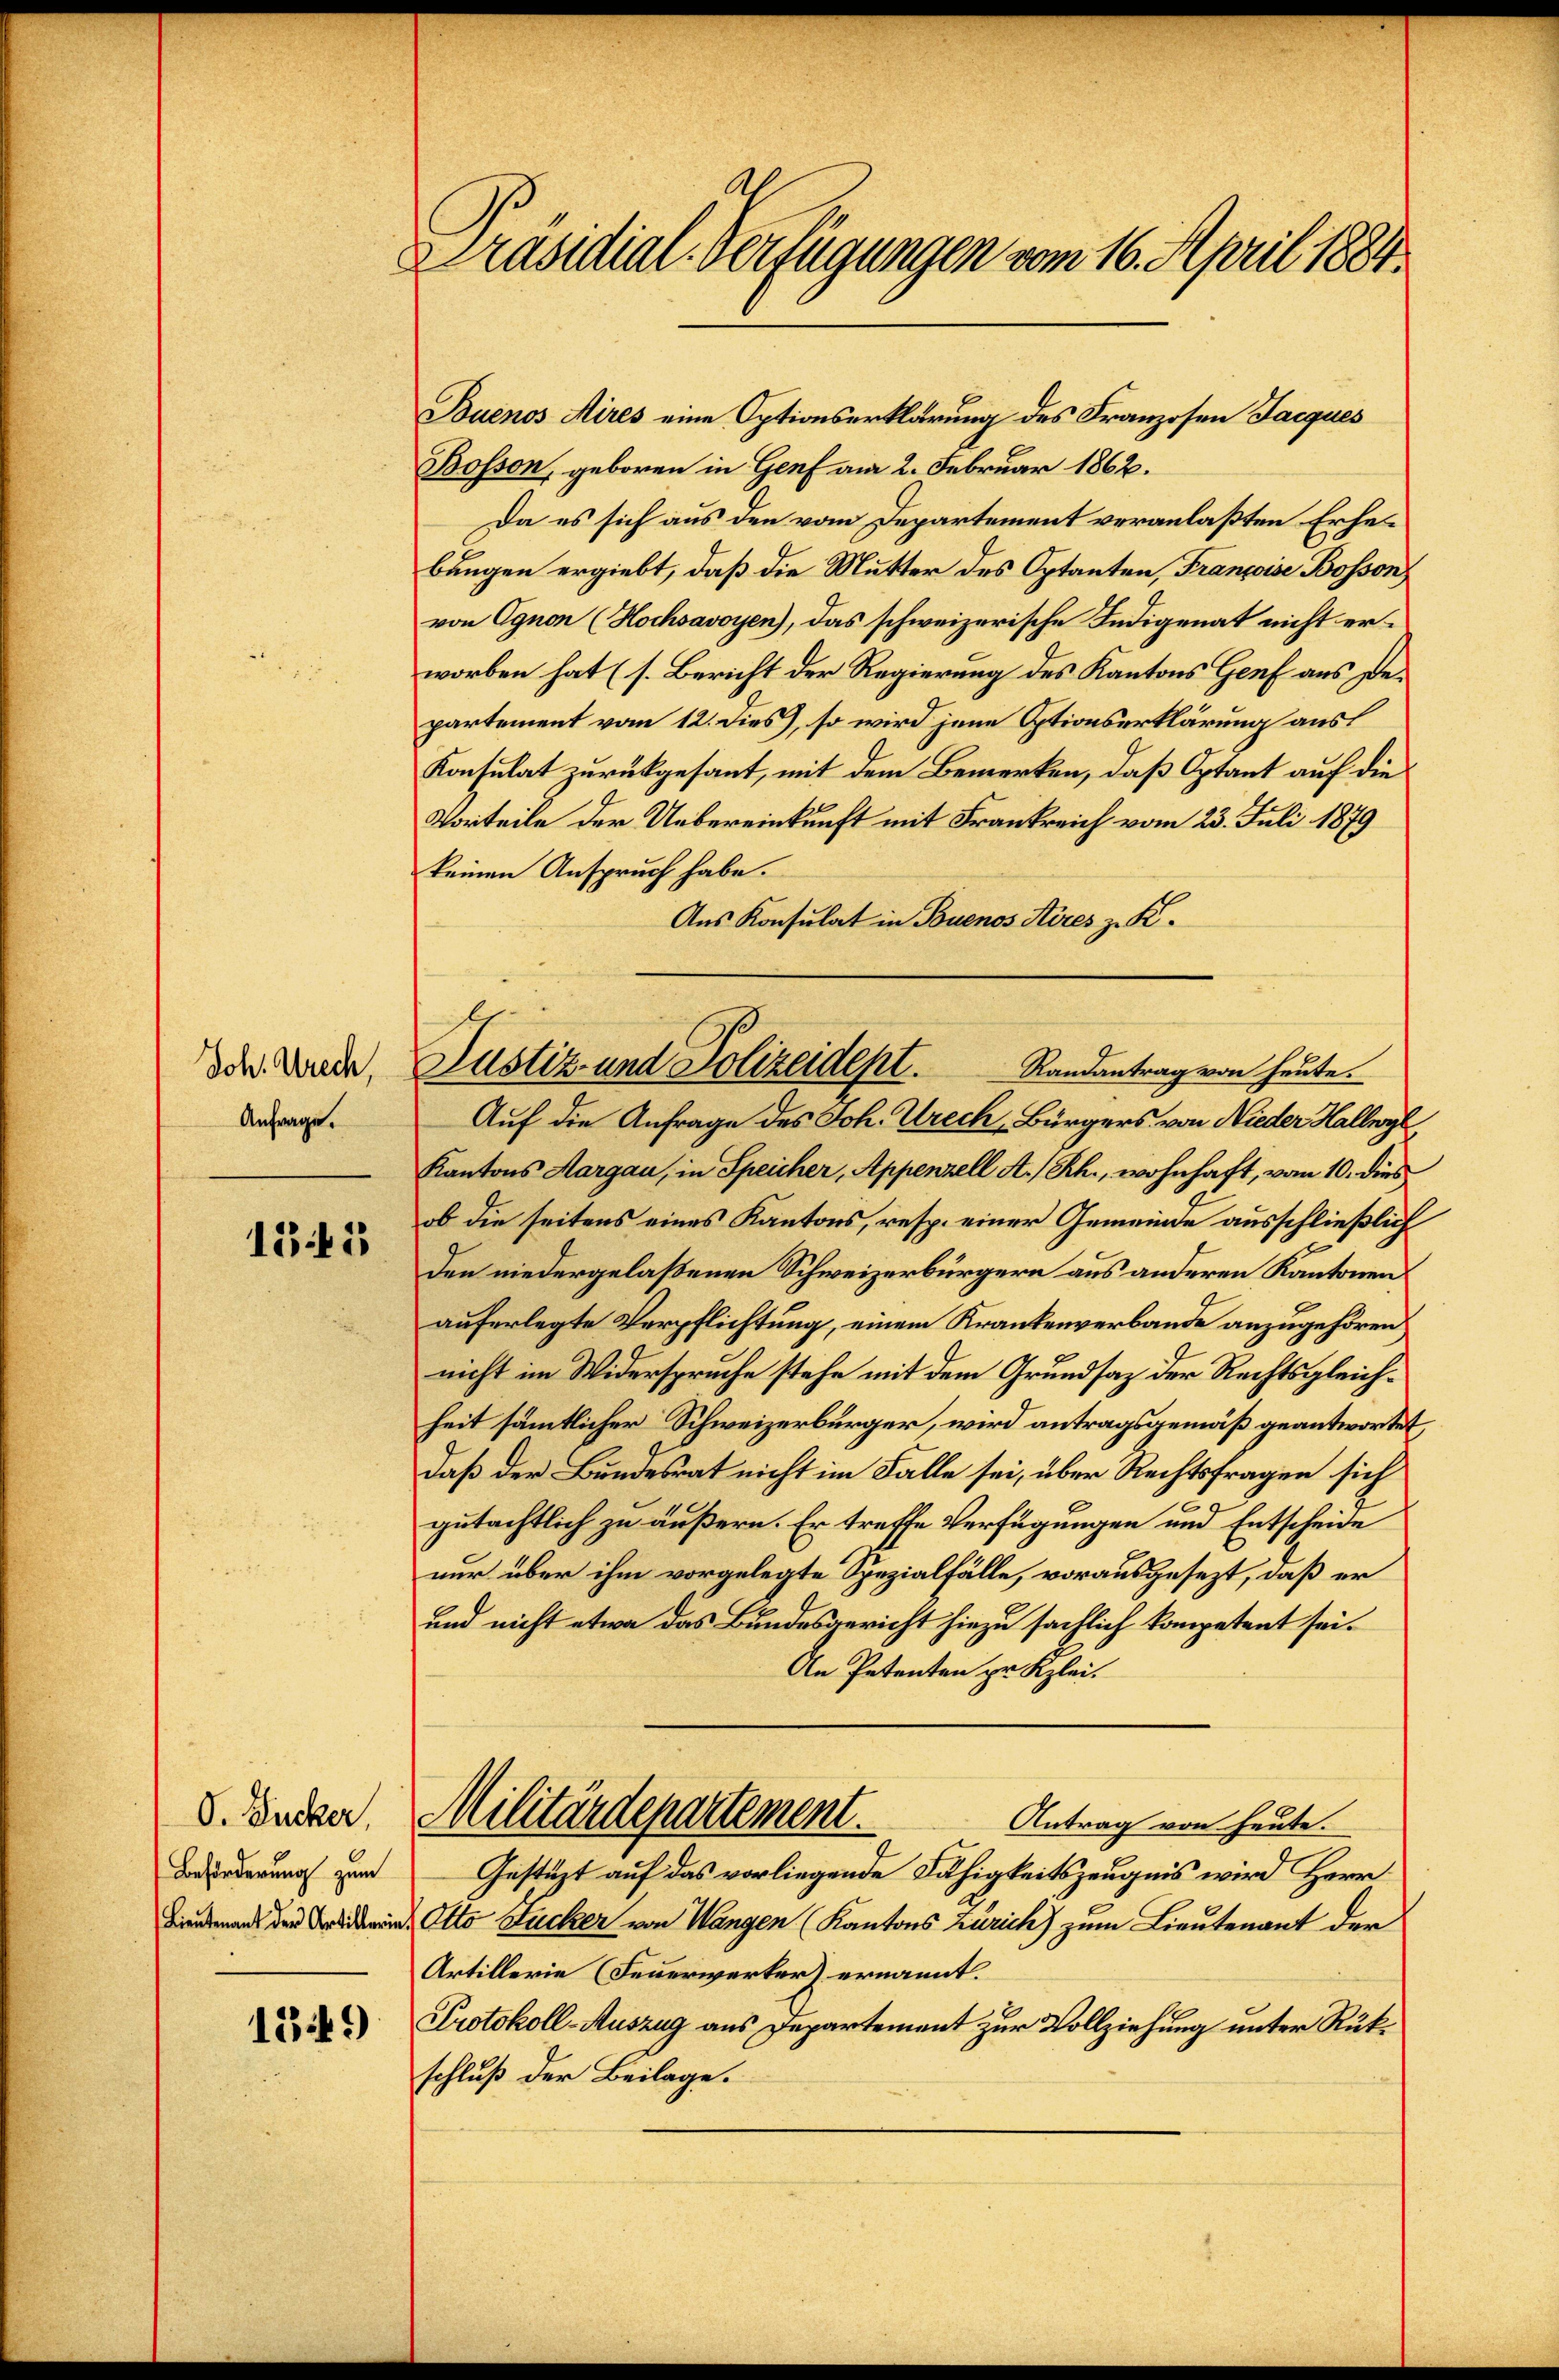
Joh. Urech,
Anfrage.

125

V. Zucker,
Beförderung zum
Lieutenant der Artillerin,

1349

Präsidial-Verfügungen vom 16. April 1884

Buenos Aires eine Optionserklärung des Franzosen Jacques
Bosson, geboren in Genf am 2. Februar 1862.
Da es sich aus den vom Departement veranlaßten Erhebungen ergiebt, daß die Mutter des Optanten, Francoise Bosson
von Ognon (Hochsavoyen), das schweizerische Indigenat nicht erworben hat (s. Bericht der Regierung des Kantons Genf aus Departement vom 12. Dies), so wird jene Optionserklärung aus
Konsulat zurückgesant, mit dem Bemerken, daß Optant auf die
Vorteile der Uebereinkunft mit Frankreich vom 23. Juli 1879
keinen Anspruch habe.
Aus Konsulat in Buenos Aires z. K.
Auf die Anfrage des Joh. Ureck, Bürgers von Nieder Hallwyl
Kantons Aargau, in Speicher, Appenzell A.Rh., wohnhaft, vom 10. dies
ob die seitens eines Kantons, resp. einer Gemeinde ausschließlich
den niedergelaßenen Schweizerbürgern aus anderen Kantonen
auferlegte Verpflichtung, einem Krankenverbande anzugehören,
nicht im Widerspruche stehe mit dem Grundsaz der Rechtsgleichheit sämmtlicher Schweizerbürger, wird antragsgemäß geantwortet
daß der Bundesrat nicht im Falle sei, über Rechtsfragen sich
gutächtlich zu äußern. Er treffe Verfügungen und Entscheide
nur über ihm vorgelegte Spezialfälle, vorausgesezt, daß er
und nicht etwa das Bundesgericht hiezu sächlich kompetent sei.
An Petenten pr Kzlei.
Militärdepartement.
Antrag von heute.
Gestüzt auf das vorliegende Fähigkeitszeugnis wird Herr
Otto Stucker von Wangen (Kantons Zürich) zum Lieutenant der
Artillerie (Feuerwerker ernannt.
Protokoll-Auszug aus Departement zur Vollziehung unter Rükschluß der Beilage.

Justiz- und Polizeidept. Randantrag von heute.